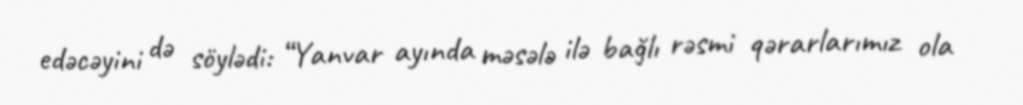
edəcəyini də söylədi: “Yanvar ayında məsələ ilə bağlı rəsmi qərarlarımız ola